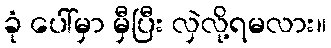
ခုံ ပေါ်မှာ မှီပြီး လှဲလို့ရမလား။